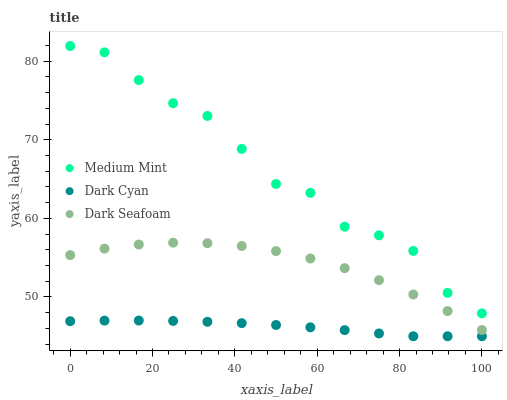
| xaxis_label | Medium Mint | Dark Cyan | Dark Seafoam |
 | --- | --- | --- | --- |
 | 0 | 81.9 | 46.9 | 55.3 |
 | 8.33 | 81.1 | 47 | 56.1 |
 | 16.7 | 77.6 | 47 | 56.7 |
 | 25 | 74.6 | 47 | 56.9 |
 | 33.3 | 73 | 46.8 | 56.8 |
 | 41.7 | 68.8 | 46.7 | 56.5 |
 | 50 | 64.4 | 46.4 | 55.8 |
 | 58.3 | 63.2 | 46.1 | 54.9 |
 | 66.7 | 58.9 | 45.8 | 53.7 |
 | 75 | 57.8 | 45.4 | 52.1 |
 | 83.3 | 55.9 | 45 | 50.3 |
 | 91.7 | 50.5 | 45 | 48.2 |
 | 100 | 47.9 | 45 | 45.8 |